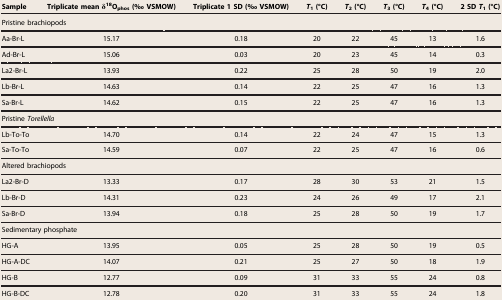
<table><thead><tr><td><b>Sample</b></td><td><b>Triplicate mean δ<sup>18</sup>O<sub>phos</sub> (‰ VSMOW)</b></td><td><b>Triplicate 1 SD (‰ VSMOW)</b></td><td><b><i>T</i><sub>1</sub> (°C)</b></td><td><b><i>T</i><sub>2</sub> (°C)</b></td><td><b><i>T</i><sub>3</sub> (°C)</b></td><td><b><i>T</i><sub>4</sub> (°C)</b></td><td><b>2 SD <i>T</i><sub>1</sub> (°C)</b></td></tr></thead><tbody><tr><td colspan="8">Pristine brachiopods</td></tr><tr><td>Aa-Br-L</td><td>15.17</td><td>0.18</td><td>20</td><td>22</td><td>45</td><td>13</td><td>1.6</td></tr><tr><td>Ad-Br-L</td><td>15.06</td><td>0.03</td><td>20</td><td>23</td><td>45</td><td>14</td><td>0.3</td></tr><tr><td>La2-Br-L</td><td>13.93</td><td>0.22</td><td>25</td><td>28</td><td>50</td><td>19</td><td>2.0</td></tr><tr><td>Lb-Br-L</td><td>14.63</td><td>0.14</td><td>22</td><td>25</td><td>47</td><td>16</td><td>1.3</td></tr><tr><td>Sa-Br-L</td><td>14.62</td><td>0.15</td><td>22</td><td>25</td><td>47</td><td>16</td><td>1.3</td></tr><tr><td colspan="8">Pristine<i> Torellella</i></td></tr><tr><td>Lb-To-To</td><td>14.70</td><td>0.14</td><td>22</td><td>24</td><td>47</td><td>15</td><td>1.3</td></tr><tr><td>Sa-To-To</td><td>14.59</td><td>0.07</td><td>22</td><td>25</td><td>47</td><td>16</td><td>0.6</td></tr><tr><td colspan="8">Altered brachiopods</td></tr><tr><td>La2-Br-D</td><td>13.33</td><td>0.17</td><td>28</td><td>30</td><td>53</td><td>21</td><td>1.5</td></tr><tr><td>Lb-Br-D</td><td>14.31</td><td>0.23</td><td>24</td><td>26</td><td>49</td><td>17</td><td>2.1</td></tr><tr><td>Sa-Br-D</td><td>13.94</td><td>0.18</td><td>25</td><td>28</td><td>50</td><td>19</td><td>1.7</td></tr><tr><td colspan="8">Sedimentary phosphate</td></tr><tr><td>HG-A</td><td>13.95</td><td>0.05</td><td>25</td><td>28</td><td>50</td><td>19</td><td>0.5</td></tr><tr><td>HG-A-DC</td><td>14.07</td><td>0.21</td><td>25</td><td>27</td><td>50</td><td>18</td><td>1.9</td></tr><tr><td>HG-B</td><td>12.77</td><td>0.09</td><td>31</td><td>33</td><td>55</td><td>24</td><td>0.8</td></tr><tr><td>HG-B-DC</td><td>12.78</td><td>0.20</td><td>31</td><td>33</td><td>55</td><td>24</td><td>1.8</td></tr></tbody></table>